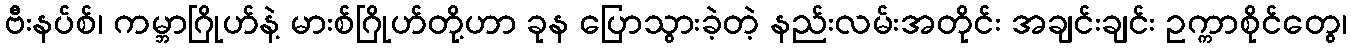
ဗီးနပ်စ်၊ ကမ္ဘာဂြိုဟ်နဲ့ မားစ်ဂြိုဟ်တို့ဟာ ခုန ပြောသွားခဲ့တဲ့ နည်းလမ်းအတိုင်း အချင်းချင်း ဥက္ကာစိုင်တွေ၊